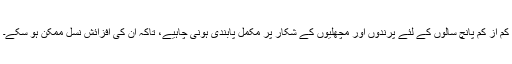
کم از کم پانچ سالوں کے لئے پرندوں اور مچھلیوں کے شکار پر مکمل پابندی ہونی چاہیے، تاکہ ان کی افزائش نسل ممکن ہو سکے۔